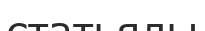
статьялы